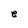
Character: e